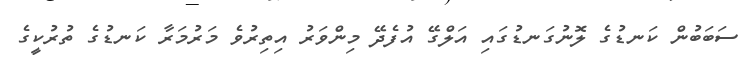
ސަބަބުން ކަނޑުގެ ލޮނުގަނޑުގައި އަލްގޭ އުފެދޭ މިންވަރު އިތިރުވެ މަރުމަރާ ކަނޑުގެ ތުރުކީގެ